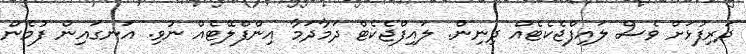
ދަރިފުޅަށް ވެސް ލައިފްޖެކެޓެއް ދިނިން. ލައިފްޖެކެޓް ދަމާދަމާ އިންފްލޭޓެއް ނުވި. އަނގައިން ފުމެން